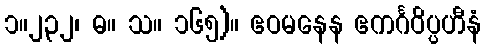
၁။၂၃၂၊ ဓ။ သ။ ၁၆၅)။ ဧဝမနေန ဧကင်္ဂဝိပ္ပဟီနံ